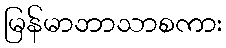
မြန်မာဘာသာစကား